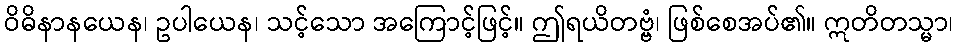
ဝိဓိနာနယေန၊ ဥပါယေန၊ သင့်သော အကြောင့်ဖြင့်။ ဤရယိတဗ္ဗံ၊ ဖြစ်စေအပ်၏။ ဣတိတသ္မာ၊